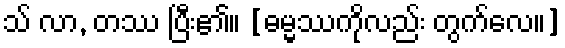
သ် လာ, တဿ ပြီး၏။ [ဓမ္မဿကိုလည်း တွက်လေ။]